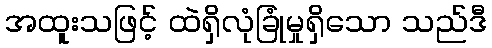
အထူးသဖြင့် ထဲရှိလုံခြုံမှုရှိသော သည်ဒီ